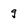
Character: q